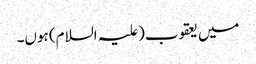
میں یعقوب(علیہ السلام) ہوں۔